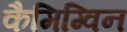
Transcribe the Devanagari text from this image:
कैमिग्विन